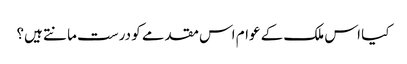
کیا اس ملک کے عوام اس مقدمے کو درست مانتے ہیں؟